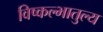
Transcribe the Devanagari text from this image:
विष्कल्भातुल्य